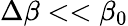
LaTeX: \Delta\beta<<\beta_{0}